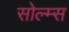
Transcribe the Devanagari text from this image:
सोल्म्स